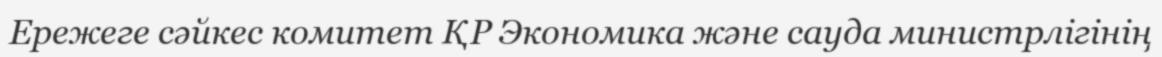
Ережеге сәйкес комитет ҚР Экономика және сауда министрлігінің